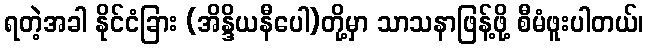
ရတဲ့အခါ နိုင်ငံခြား (အိန္ဒိယနီပေါ)တို့မှာ သာသနာဖြန့်ဖို့ စီမံဖူးပါတယ်၊